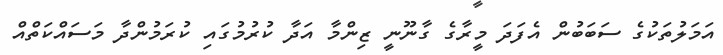
އަމަލުތަކުގެ ސަބަބުން އެފަދަ މީރާގެ ގާނޫނީ ޒިންމާ އަދާ ކުރުމުގައި ކުރަމުންދާ މަސައްކަތްއް